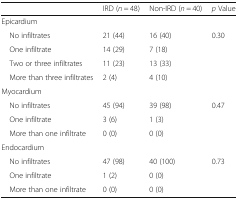
<table><thead><tr><td></td><td><b>IRD (<i>n</i> = 48)</b></td><td><b>Non-IRD (<i>n</i> = 40)</b></td><td><b><i>p</i> Value</b></td></tr></thead><tbody><tr><td colspan="4">Epicardium</td></tr><tr><td> No infiltrates</td><td>21 (44)</td><td>16 (40)</td><td>0.30</td></tr><tr><td> One infiltrate</td><td>14 (29)</td><td>7 (18)</td><td></td></tr><tr><td> Two or three infiltrates</td><td>11 (23)</td><td>13 (33)</td><td></td></tr><tr><td> More than three infiltrates</td><td>2 (4)</td><td>4 (10)</td><td></td></tr><tr><td colspan="4">Myocardium</td></tr><tr><td> No infiltrates</td><td>45 (94)</td><td>39 (98)</td><td>0.47</td></tr><tr><td> One infiltrate</td><td>3 (6)</td><td>1 (3)</td><td></td></tr><tr><td> More than one infiltrate</td><td>0 (0)</td><td>0 (0)</td><td></td></tr><tr><td colspan="4">Endocardium</td></tr><tr><td> No infiltrates</td><td>47 (98)</td><td>40 (100)</td><td>0.73</td></tr><tr><td> One infiltrate</td><td>1 (2)</td><td>0 (0)</td><td></td></tr><tr><td> More than one infiltrate</td><td>0 (0)</td><td>0 (0)</td><td></td></tr></tbody></table>